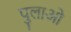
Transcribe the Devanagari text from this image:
पुलाओ